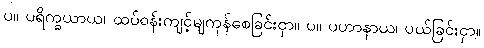
ပ။ ပရိက္ခယာယ၊ ထပ်ဝန်းကျင့်မျကုန်စေခြင်းငှာ။ ပ။ ပဟာနာယ၊ ပယ်ခြင်းငှာ။